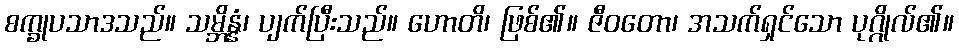
စက္ခုပသာဒသည်။ သမ္ဘိန္နံ၊ ပျက်ပြီးသည်။ ဟောတိ၊ ဖြစ်၏။ ဇီဝတော၊ အသက်ရှင်သော ပုဂ္ဂိုလ်၏။